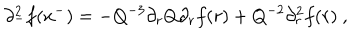
\partial _ { - } ^ { 2 } f ( x ^ { - } ) = - Q ^ { - 3 } \partial _ { r } Q \partial _ { r } f ( r ) + Q ^ { - 2 } \partial _ { r } ^ { 2 } f ( r ) ~ ,